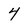
Character: 4